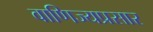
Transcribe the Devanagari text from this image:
वाणिज्यप्रसार